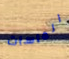
الماسات